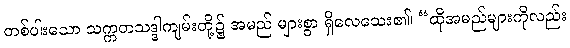
တစ်ပါးသော သက္ကတသဒ္ဒါကျမ်းတို့၌ အမည် များစွာ ရှိလေသေး၏၊ “ထိုအမည်များကိုလည်း